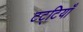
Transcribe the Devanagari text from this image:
टट्टियाँ